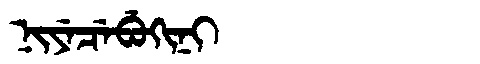
Manchu: ᠨᡳᠶᡝᠴᡝᠪᡠᡴᡳᠨᡳ
Romanization: NIYECEBUKINI